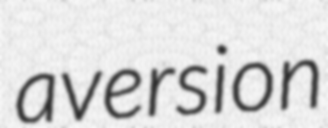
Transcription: aversion